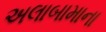
અલાબામાના